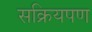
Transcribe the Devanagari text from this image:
सक्रियपण